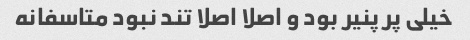
خیلی پر پنیر بود و اصلا اصلا تند نبود متاسفانه